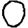
Digit: 0